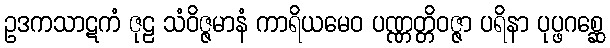
ဥဒကသာဋကံ ဇုဠ သံဝိဇ္ဇမာနံ ကာရိယမေဝ ပဏ္ဏတ္တိဝဇ္ဇာ ပရိနာ ပုပ္ဖဂစ္ဆေ